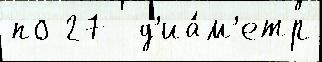
по 27  д'иа́м'етр